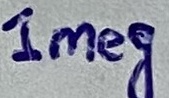
Text: 1meg